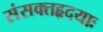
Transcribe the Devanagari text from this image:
संसक्तहृदयाः